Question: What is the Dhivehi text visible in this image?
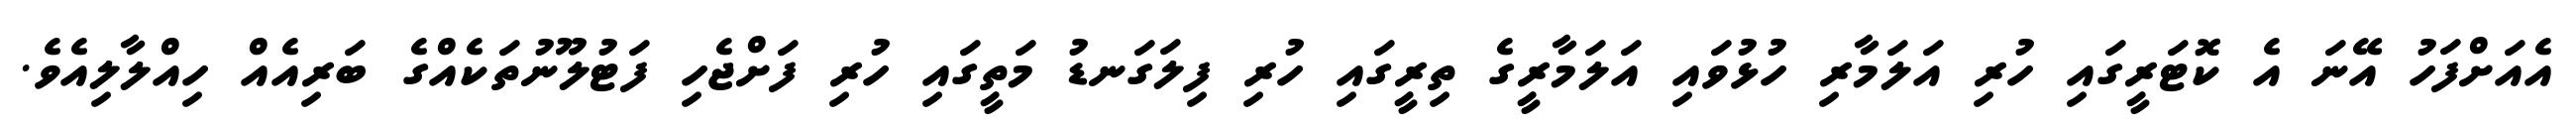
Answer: އެއަށްފަހު އޭނަ އެ ކޮޓަރީގައި ހުރި އަލަމާރި ހުޅުވައި އަލަމާރީގެ ތިރީގައި ހުރި ފިލަގަނޑު މަތީގައި ހުރި ފަށްޖެހި ފަޓުލޫނުތަކެއްގެ ބަރިއެއް ހިއްލާލިއެވެ.